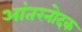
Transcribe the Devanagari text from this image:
आंतरनोदक